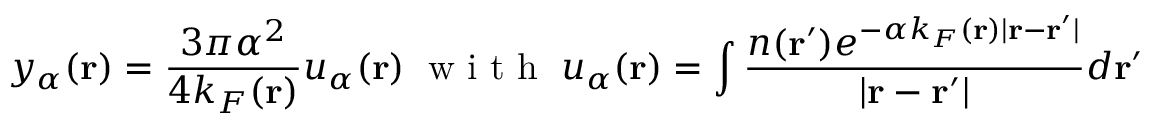
y _ { \alpha } ( \mathbf { r } ) = \frac { 3 \pi \alpha ^ { 2 } } { 4 k _ { F } ( \mathbf { r } ) } u _ { \alpha } ( \mathbf { r } ) \; \textrm { w i t h } \; u _ { \alpha } ( \mathbf { r } ) = \int \frac { n ( \mathbf { r } ^ { \prime } ) e ^ { - \alpha k _ { F } ( \mathbf { r } ) | \mathbf { r } - \mathbf { r } ^ { \prime } | } } { | \mathbf { r } - \mathbf { r } ^ { \prime } | } d \mathbf { r } ^ { \prime }